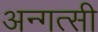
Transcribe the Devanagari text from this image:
अन्गत्सी